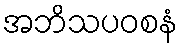
အဘိသပဝစနံ